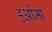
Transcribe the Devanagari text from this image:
हओमा